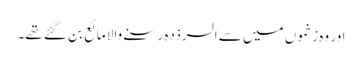
اور وہ زخموں میں سے السرذدہ رسنے والا مائع بن گئے تھے۔